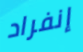
إنفراد